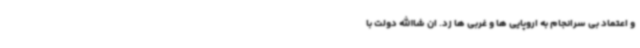
و اعتماد بی سرانجام به اروپایی ها و غربی ها زد. ان شاالله دولت با